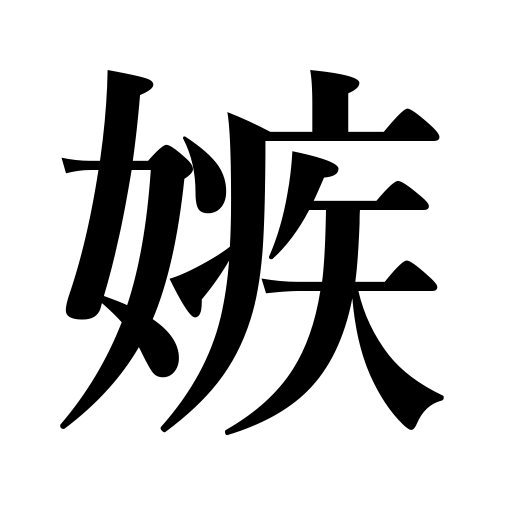
Meanings: be jealous,envy